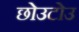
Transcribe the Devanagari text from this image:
छोउटोउ